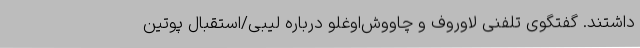
داشتند. گفتگوی تلفنی لاوروف و چاووش‌اوغلو درباره لیبی/استقبال پوتین